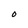
Character: O